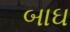
બાઘ